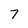
Character: 7